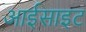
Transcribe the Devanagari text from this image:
आईसाइट